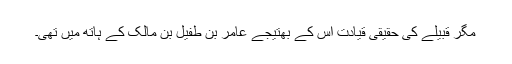
مگر قبیلے کی حقیقی قیادت اس کے بھتیجے عامر بن طفیل بن مالک کے ہاتھ میں تھی۔